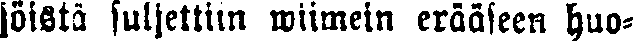
jöistä suljettiin wiimein erääseen huo-